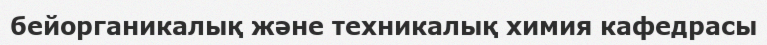
бейорганикалық және техникалық химия кафедрасы